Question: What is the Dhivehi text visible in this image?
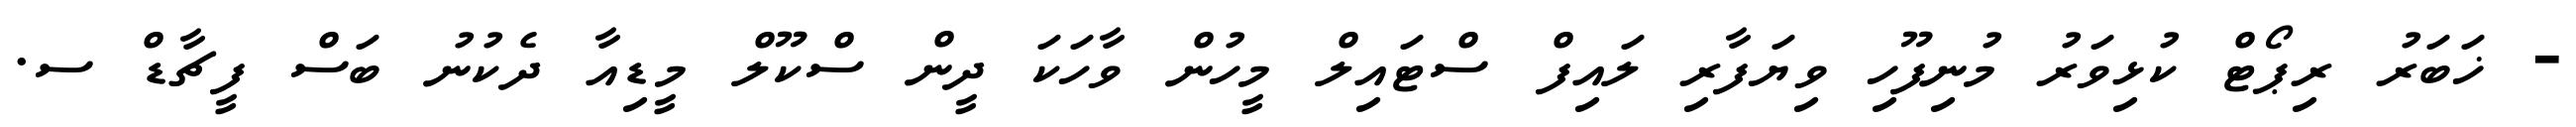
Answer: - ޚަބަރު ރިޕޯޓް ކުޅިވަރު މުނިފޫހި ވިޔަފާރި ލައިފް ސްޓައިލް މީހުން ވާހަކަ ދީން ސްކޫލް މީޑިއާ ދެކުނު ބަސް ފީޗާޑް ސ.